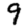
Digit: 9